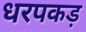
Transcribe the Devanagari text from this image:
धरपकड़